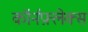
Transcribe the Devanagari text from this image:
कॉर्नफ़्लेक्स